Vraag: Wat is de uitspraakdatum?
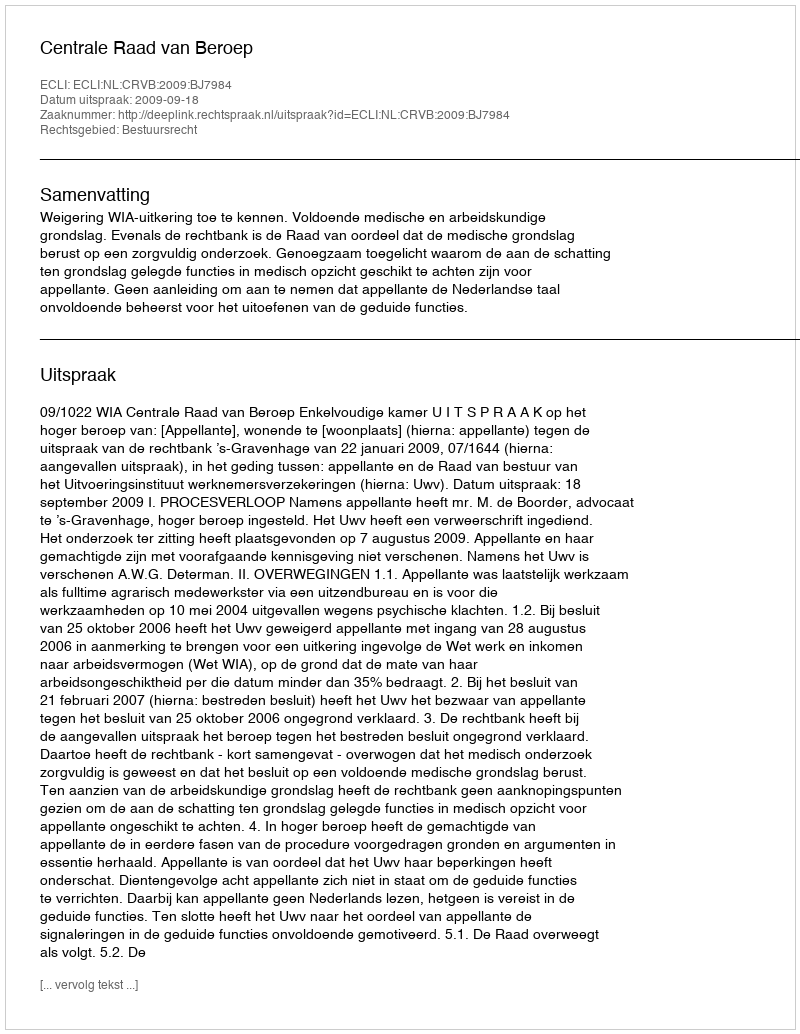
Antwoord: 2009-09-18